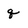
Character: q